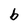
Character: b